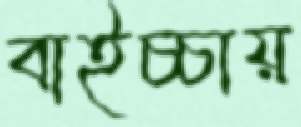
বাইচ্চায়